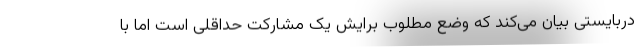
دربایستی بیان می‌کند که وضع مطلوب برایش یک مشارکت حداقلی است اما با